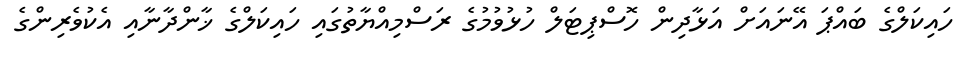
ހައިކަލްގެ ބައްޕަ އޭނައަށް އަޅާދިން ހޮސްޕިޓަލް ހުޅުވުމުގެ ރަސްމިއްޔާތުގައި ހައިކަލްގެ ޚާންދާނާއި އެކުވެރިންގެ